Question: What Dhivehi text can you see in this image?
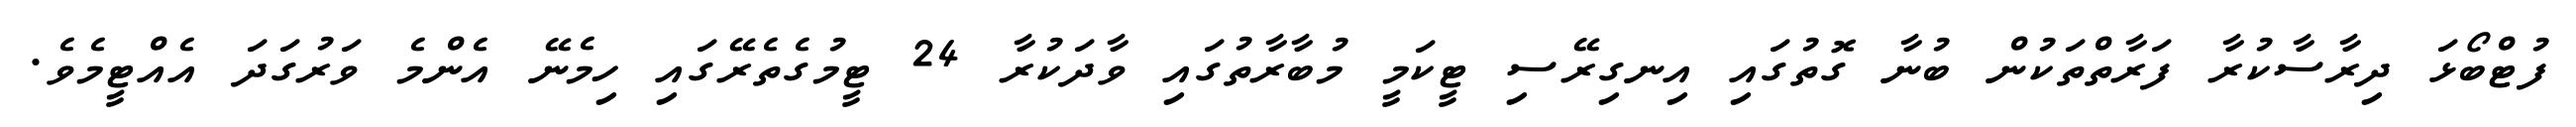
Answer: ފުޓްބޯޅަ ދިރާސާކުރާ ފަރާތްތަކުން ބުނާ ގޮތުގައި އިނގިރޭސި ޓީކަމީ މުބާރާތުގައި ވާދަކުރާ 24 ޓީމުގެތެރޭގައި ހިމެނޭ އެންމެ ވަރުގަދަ އެއްޓީމެވެ.